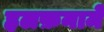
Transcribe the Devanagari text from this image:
हलफ़नामे